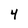
Character: 4